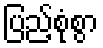
ပြည့်စုံစွာ